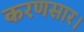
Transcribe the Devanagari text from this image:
करणसार।